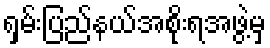
ရှမ်းပြည်နယ်အစိုးရအဖွဲ့မှ